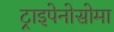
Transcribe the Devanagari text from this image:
ट्राइपेनोसोमा